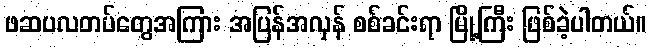
ဖဆပလတပ်တွေအကြား အပြန်အလှန် စစ်ခင်းရာ မြို့ကြီး ဖြစ်ခဲ့ပါတယ်။